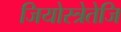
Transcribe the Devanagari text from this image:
जियोस्त्रेतेजि